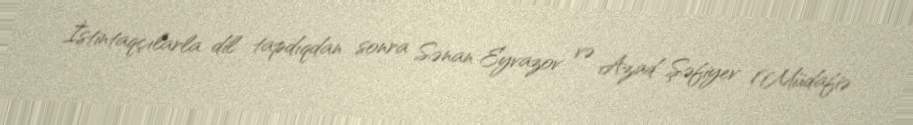
İstintaqçılarla dil tapdıqdan sonra Sənan Eyvazov və Azad Şəfiyev (Müdafiə